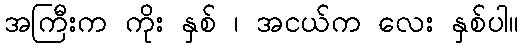
အကြီးက ကိုး နှစ် ၊ အငယ်က လေး နှစ်ပါ။